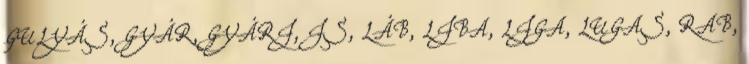
GULYÁS, GYÁR, GYÁRI, IS, LÁB, LIBA, LIGA, LUGAS, RAB,